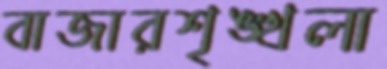
বাজারশৃঙ্খলা